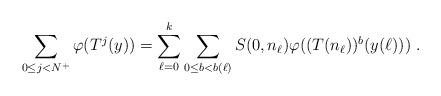
LaTeX: \begin{align*}\sum_{0\le j<N^+} \varphi (T^j(y)) = \sum_{\ell =0}^k \sum_{0\le b <b(\ell)} S(0,n_\ell )\varphi ((T(n_\ell))^b(y(\ell)))\; .\end{align*}